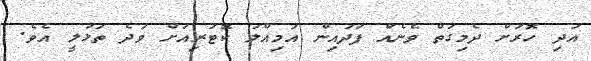
އަދި ހޮރަށް ދެމިގަތް ވެނެއް ފަދައިން އަމިއްލަ ކޮޓަރިއަށް ވަދެ ތަޅުލީ އެވެ.